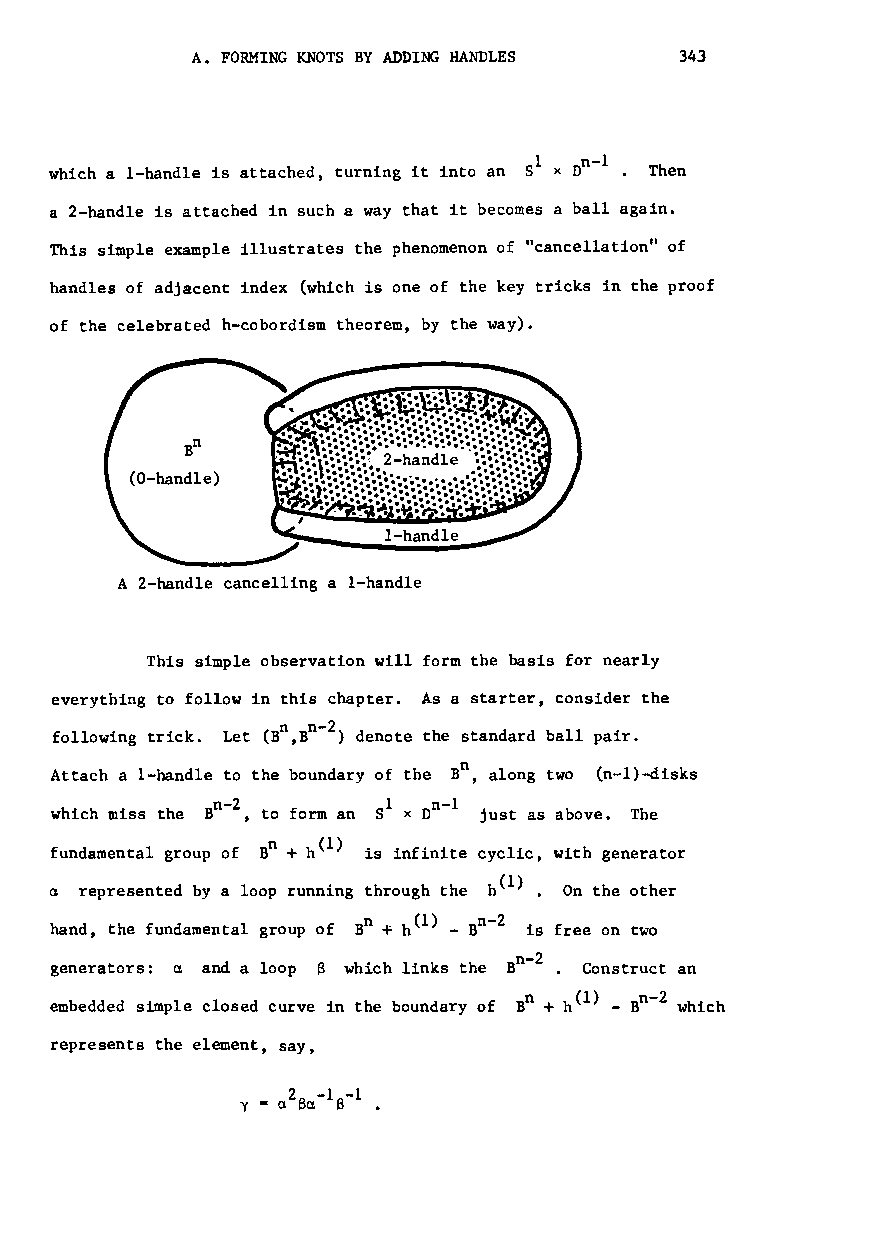
A. FORMING KNOTS BY ADDING HANDLES 343
 1
 which a I-handle is attached, turning it into an 8 x On-I. Then
 a 2-handle is attached in such a way that it becomes a ball again.
 This simple example illustrates the phenomenon of "cancellation" of
 handles of adjacent index (which is one of the key tricks in the proof
 of the celebrated h-cobordism theorem, by the way).
 A 2-handle cancelling a I-handle
 This simple observation will form the basis for nearly
 everything to follow in this chapter. As a starter, consider the
 n n-2
 following trick. Let (B,B ) denote the standard ball pair.
 n
 Attach a I-handle to the boundary of the B , along two (n-I)-disks
 n-2
 which miss the B ,to form an just as above. The
 n
 fundamental group of B + h(l) is infinite cyclic, with generator
 represented by a loop running through the h(l) • On the other
 hand, the fundamental group of Bn + h(l) - Bn -2 is free on two
 generators: a and a loop a which links the Bn-2 . Construct an
 n      n 2
 embedded simple closed curve in the boundary of B + h(l) - B - which
 represents the element, say,